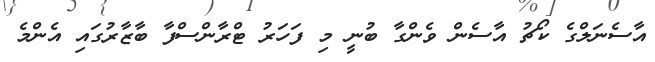
އާސެނަލްގެ ކޯޗު އާސެން ވެންގާ ބުނީ މި ފަހަރު ޓްރާންސްފާ ބާޒާރުގައި އެންމެ